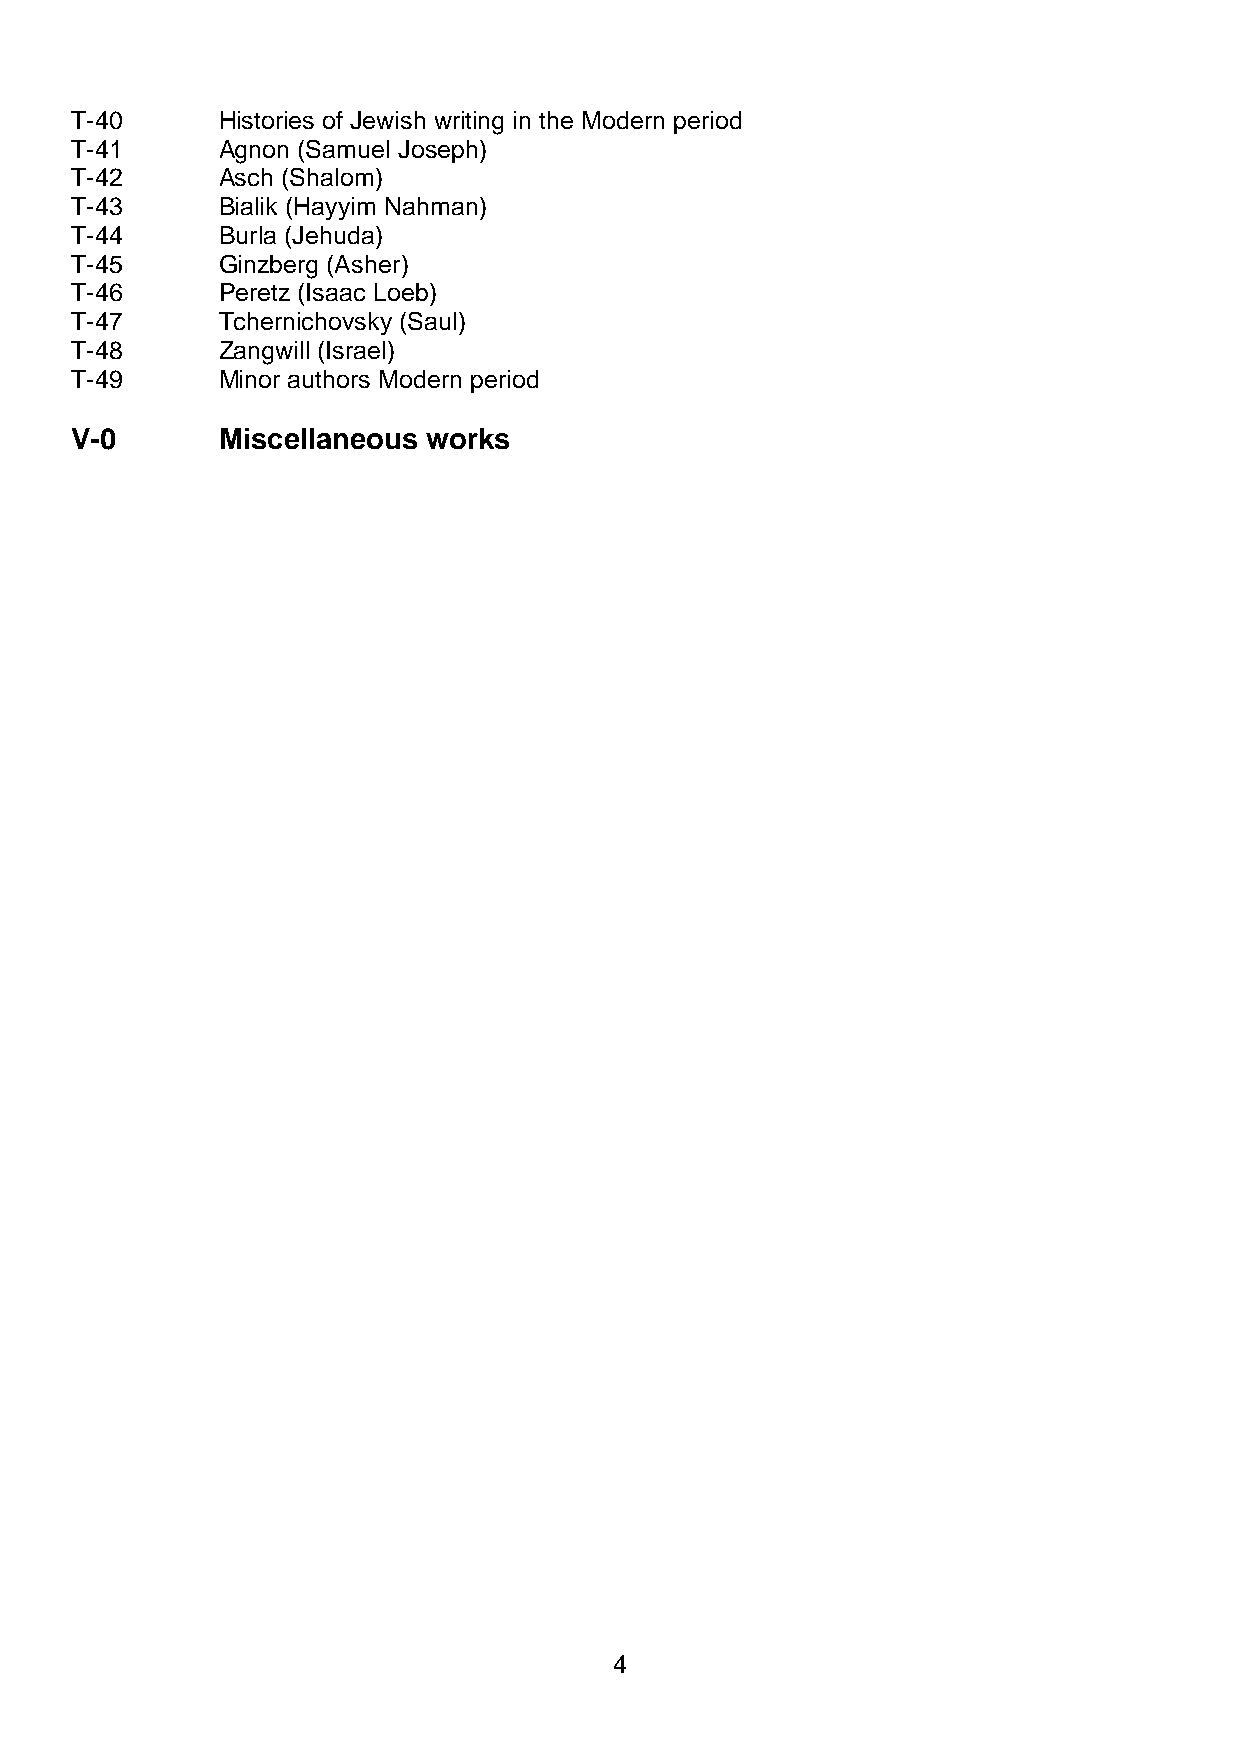
T-40     Histories of Jewish writing in the Modern period
 T-41     Agnon (Samuel Joseph)
 T-42     Asch (Shalom)
 T-43     Bialik (Hayyim Nahman)
 T-44     Burla (Jehuda)
 T-45     Ginzberg (Asher)
 T-46     Peretz (Isaac Loeb)
 T-47     Tchernichovsky (Saul)
 T-48     Zangwill (Israel)
 T-49     Minor authors Modern period
 V-0      Miscellaneous works
 4